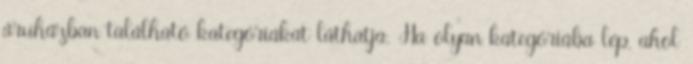
áruházban található kategóriákat láthatja. Ha olyan kategóriába lép, ahol